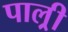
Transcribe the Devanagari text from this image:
पाल्र्री